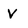
Character: V